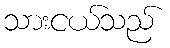
သားငယ်သည်